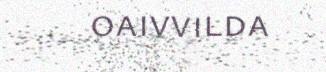
oaivvilda